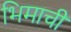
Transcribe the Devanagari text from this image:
भिमाची